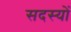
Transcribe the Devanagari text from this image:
सदस्याें